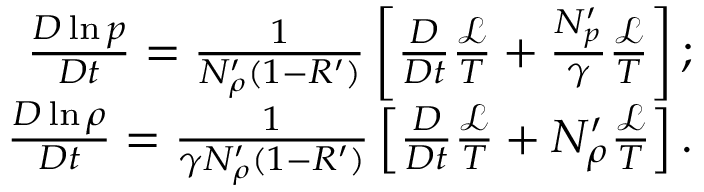
\begin{array} { r } { \frac { D \ln p } { D t } = \frac { 1 } { N _ { \rho } ^ { \prime } ( 1 - R ^ { \prime } ) } \left[ \frac { D } { D t } \frac { \mathcal { L } } { T } + \frac { N _ { p } ^ { \prime } } { \gamma } \frac { \mathcal { L } } { T } \right] ; } \\ { \frac { D \ln \rho } { D t } = \frac { 1 } { \gamma N _ { \rho } ^ { \prime } ( 1 - R ^ { \prime } ) } \left[ \frac { D } { D t } \frac { \mathcal { L } } { T } + N _ { \rho } ^ { \prime } \frac { \mathcal { L } } { T } \right] . } \end{array}